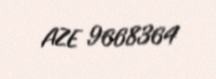
AZE 9668364